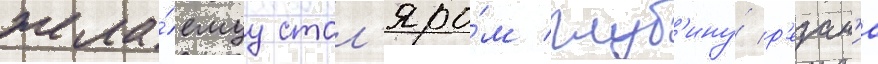
жела́емуу стол'яро́м глуб'ину́ р'езан'иа